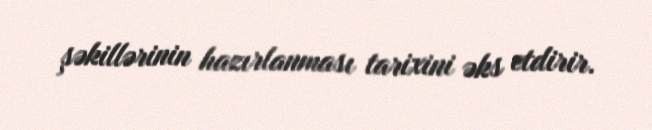
şəkillərinin hazırlanması tarixini əks etdirir.